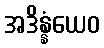
အဒိန္နံယေဝ